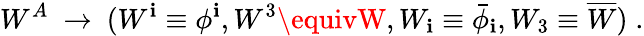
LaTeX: W^{A}\ \rightarrow\ (W^{\mathbf{i}}\equiv\phi^{\mathbf{i}},W^{3}\equivW,W_{\mathbf{i}}\equiv\bar{{\phi}}_{\mathbf{i}},W_{3}\equiv\overline{{{W}}})\; .